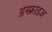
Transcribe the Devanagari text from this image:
डम्फ़्राइज